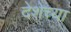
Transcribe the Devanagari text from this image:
देशेच्या